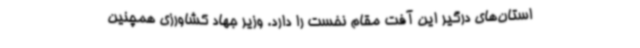
استان‌های درگیر این آفت مقام نخست را دارد. وزیر جهاد کشاورزی همچنین